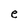
Character: e